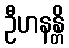
ဦဟနန္တိ